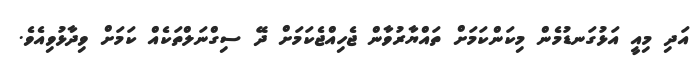
އަދި މިއީ އަޅުގަނޑުމެން މިކަންކަމަށް ތައްޔާރުވާން ޖެހިއްޖެކަމަށް ދޭ ސިގްނަލްތަކެއް ކަމަށް ވިދާޅުވިއެވެ.